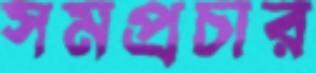
সমপ্রচার